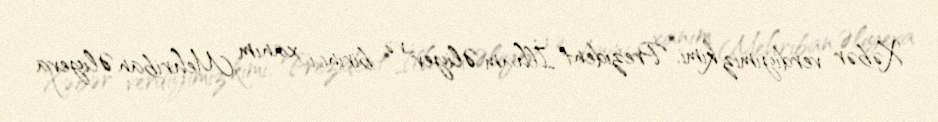
Xəbər verdiyimiz kimi, Prezident İlham Əliyev və birinci xanım Mehriban Əliyeva